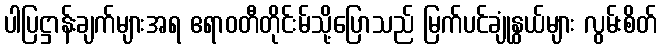
ပါပြဋ္ဌာန်းချက်များအရ ဧရာဝတီတိုင်းမ်သို့ပြောသည် မြက်ပင်ချုံနွယ်များ လွမ်းစိတ်